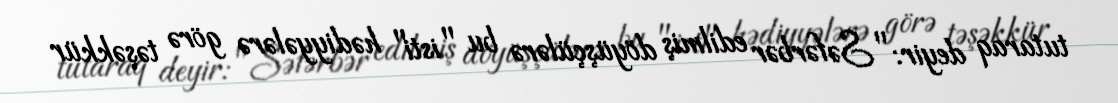
tutaraq deyir: "Səfərbər edilmiş döyüşçülərə bu "isti" hədiyyələrə görə təşəkkür